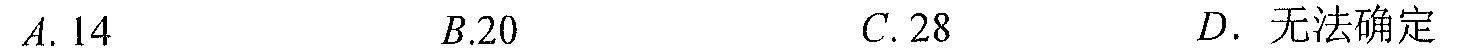
\(A.14\)  \(\qquad B.20\)  \(\qquad C.28\)  \(\qquad D.\) 无法确定